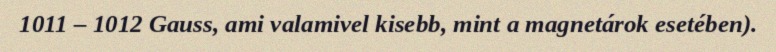
1011 – 1012 Gauss, ami valamivel kisebb, mint a magnetárok esetében).